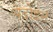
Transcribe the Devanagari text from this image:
बेदोइन